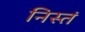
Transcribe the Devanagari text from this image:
निस्तं